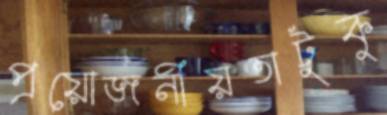
প্রয়োজনীয়তাটুকু